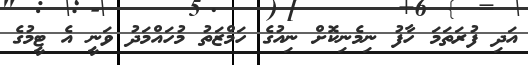
އަދި ފުރަތަމަ ހާފު ނިމެނިކޮށް ނިއުގެ ހަމްޒަތު މުހައްމަދު ވަނީ އެ ޓީމުގެ